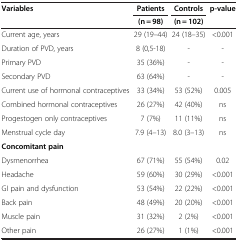
<table><thead><tr><td><b>Variables</b></td><td><b>Patients</b></td><td><b>Controls</b></td><td><b>p-value</b></td></tr><tr><td><b> </b></td><td><b>(n = 98)</b></td><td><b>(n = 102)</b></td><td><b> </b></td></tr></thead><tbody><tr><td>Current age, years</td><td>29 (19–44)</td><td>24 (18–35)</td><td>&lt;0.001</td></tr><tr><td>Duration of PVD, years</td><td>8 (0,5-18)</td><td>-</td><td>-</td></tr><tr><td>Primary PVD</td><td>35 (36%)</td><td>-</td><td>-</td></tr><tr><td>Secondary PVD</td><td>63 (64%)</td><td>-</td><td>-</td></tr><tr><td>Current use of hormonal contraceptives</td><td>33 (34%)</td><td>53 (52%)</td><td>0.005</td></tr><tr><td>Combined hormonal contraceptives</td><td>26 (27%)</td><td>42 (40%)</td><td>ns</td></tr><tr><td>Progestogen only contraceptives</td><td>7 (7%)</td><td>11 (11%)</td><td>ns</td></tr><tr><td>Menstrual cycle day</td><td>7.9 (4–13)</td><td>8.0 (3–13)</td><td>ns</td></tr><tr><td><b>Concomitant pain</b></td><td> </td><td> </td><td> </td></tr><tr><td>Dysmenorrhea</td><td>67 (71%)</td><td>55 (54%)</td><td>0.02</td></tr><tr><td>Headache</td><td>59 (60%)</td><td>30 (29%)</td><td>&lt;0.001</td></tr><tr><td>GI pain and dysfunction</td><td>53 (54%)</td><td>22 (22%)</td><td>&lt;0.001</td></tr><tr><td>Back pain</td><td>48 (49%)</td><td>20 (20%)</td><td>&lt;0.001</td></tr><tr><td>Muscle pain</td><td>31 (32%)</td><td>2 (2%)</td><td>&lt;0.001</td></tr><tr><td>Other pain</td><td>26 (27%)</td><td>1 (1%)</td><td>&lt;0.001</td></tr></tbody></table>